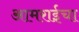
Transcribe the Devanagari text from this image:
आमराईचा